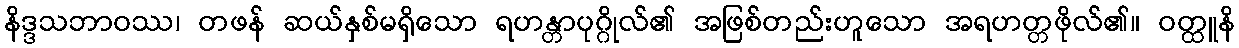
နိဒ္ဒသဘာဝဿ၊ တဖန် ဆယ်နှစ်မရှိသော ရဟန္တာပုဂ္ဂိုလ်၏ အဖြစ်တည်းဟူသော အရဟတ္တဖိုလ်၏။ ဝတ္ထူနိ